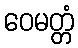
ဝေမတ္တံ